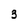
Character: 3